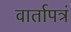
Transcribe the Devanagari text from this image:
वार्तापत्रं